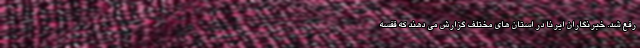
رفع شد. خبرنگاران ایرنا در استان های مختلف گزارش می دهند که قفسه